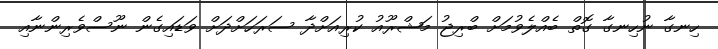
ހިނގާ ނުހިނގާ ގޮތް ބެއްލެވުމަށް ބްރިޖު މަޝްރޫއު ކުރިއަށްދާ ސަރަހަށްދަށް ވަޑައިގެން ނޫސްވެރިންނާއި